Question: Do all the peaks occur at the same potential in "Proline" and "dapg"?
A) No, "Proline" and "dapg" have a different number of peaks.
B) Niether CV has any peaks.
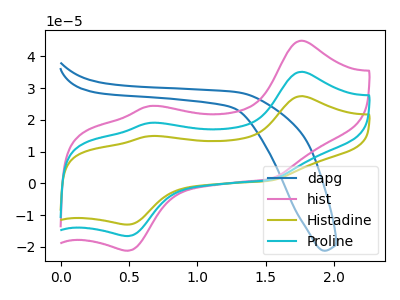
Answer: <think>The blue curve "dapg" has no peaks. The pink curve "hist" has anodic peaks at (1.75V, 44.90uA) (0.65V, 24.35uA) and cathodic peaks at (1.55V, 1.45uA) (0.50V, -21.20uA). The olive curve "Histadine" has anodic peaks at (1.75V, 70.25uA) (0.65V, 38.10uA) and cathodic peaks at (1.55V, 2.25uA) (0.50V, -33.15uA). The cyan curve "Proline" has anodic peaks at (1.75V, 35.10uA) (0.65V, 19.05uA) and cathodic peaks at (1.55V, 1.10uA) (0.50V, -16.55uA).</think>
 <answer>A) No, "Proline" and "dapg" have a different number of peaks.</answer>
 <eval>A</eval>